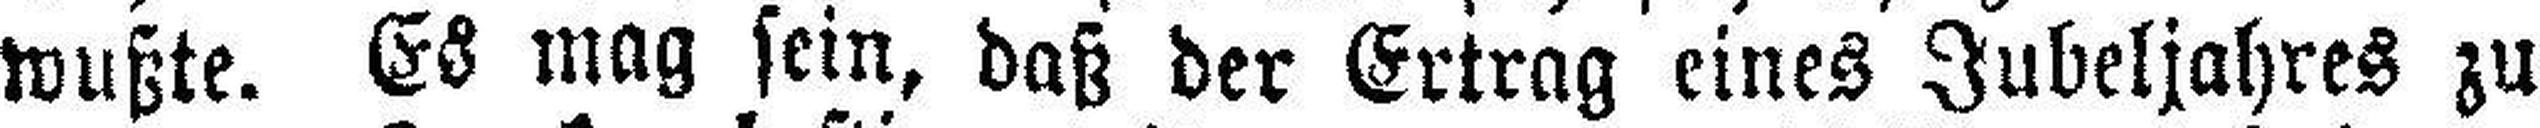
wußte. Es mag sein, daß der Ertrag eines Jubeljahres zu